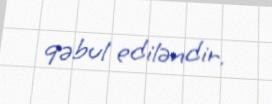
qəbul ediləndir.